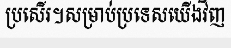
ប្រសើរ។សម្រាប់ប្រទេសយើងវិញ